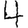
Digit: 4